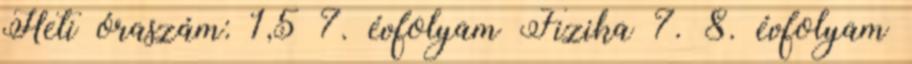
Heti óraszám: 1,5 7. évfolyam Fizika 7. 8. évfolyam